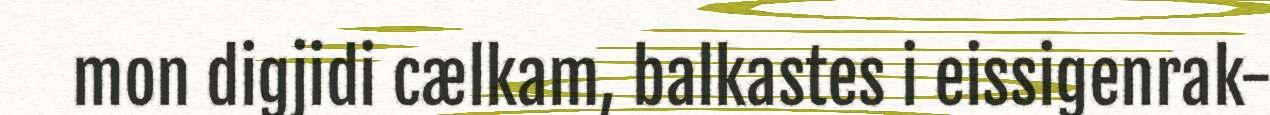
mon digjidi cælkam, balkastes i eissigenrak-